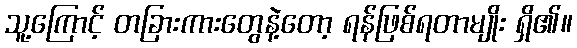
သူ့ကြောင့် တခြားကားတွေနဲ့တော့ ရန်ဖြစ်ရတာမျိုး ရှိ၏။